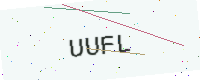
Text: UUFL